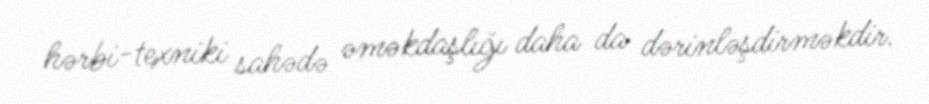
hərbi-texniki sahədə əməkdaşlığı daha da dərinləşdirməkdir.